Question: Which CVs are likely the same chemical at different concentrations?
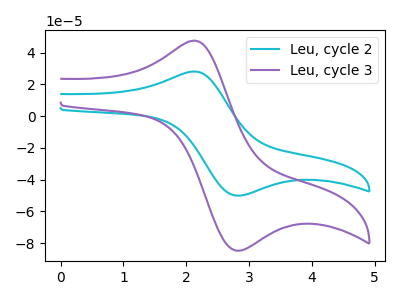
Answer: <think>The cyan curve "Leu, cycle 2" has an anodic peak at (2.10V, 28.05uA) and a cathodic peak at (2.85V, -50.10uA). The purple curve "Leu, cycle 3" has an anodic peak at (2.10V, 47.45uA) and a cathodic peak at (2.85V, -84.75uA).
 All the peaks in "Leu, cycle 2" have a peak in "Leu, cycle 3" at the same potential. Every peak in "Leu, cycle 2" is lower than every peak in "Leu, cycle 3".</think>
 <answer>"Leu, cycle 3" and "Leu, cycle 2" have the same shape and are likely CV's of the same chemical.</answer>
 <eval>"Leu, cycle 3" "Leu, cycle 2"</eval>